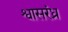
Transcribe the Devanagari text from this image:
श्वासरंध्र